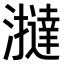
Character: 𤃧